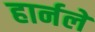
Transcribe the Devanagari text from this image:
हार्नले